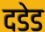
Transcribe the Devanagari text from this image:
दडेड